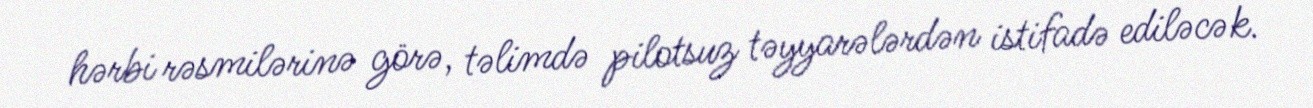
hərbi rəsmilərinə görə, təlimdə pilotsuz təyyarələrdən istifadə ediləcək.